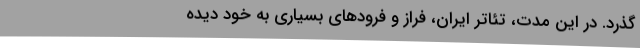
‌گذرد. در این مدت، تئاتر ایران، فراز و فرودهای بسیاری به خود دیده